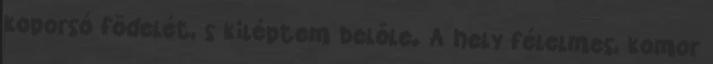
koporsó födelét, s kiléptem belőle. A hely félelmes, komor